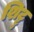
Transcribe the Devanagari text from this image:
शिट्टु